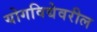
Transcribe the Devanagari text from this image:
योगविद्येवरील